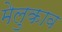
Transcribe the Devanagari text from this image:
मेलुकाव